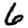
Digit: 6